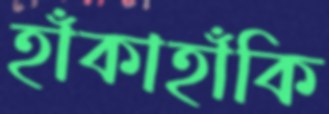
হাঁকাহাঁকি